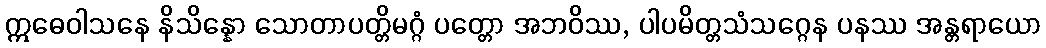
ဣဓေဝါသနေ နိသိန္နော သောတာပတ္တိမဂ္ဂံ ပတ္တော အဘဝိဿ, ပါပမိတ္တသံသဂ္ဂေန ပနဿ အန္တရာယော